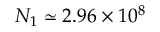
N _ { 1 } \simeq 2 . 9 6 \times 1 0 ^ { 8 }